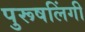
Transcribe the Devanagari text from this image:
पुरूषलिंगी